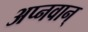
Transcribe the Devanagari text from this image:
अप्नवान्